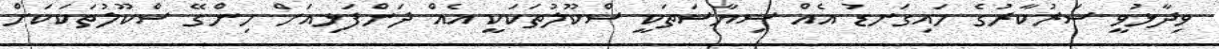
ވިދާޅުވީ ސަރުކާރުގެ މައިގަނޑު އެއް ސިޔާސަތަކީ ސްކޫލުތަކަކީ އެއް ދަންފަޅިއަށް ހިންގޭ ސްކޫލުތަކަކަށް